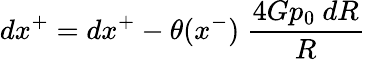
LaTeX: dx^{+}=dx^{+}-\theta(x^{-})~{\frac{4Gp_{0}~dR}{R}}